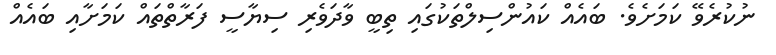
ނުކުރެވޭ ކަމަށެވެ. ބައެއް ކައުންސިލްތަކުގައި ތިބީ ވާދަވެރި ސިޔާސީ ފަރާތްތައް ކަމަށާއި ބައެއް